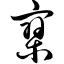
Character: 寥